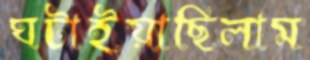
ঘটাইয়াছিলাম